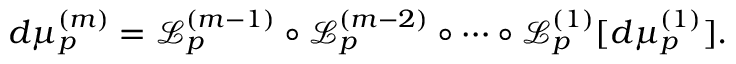
d \mu _ { p } ^ { ( m ) } = \mathcal { L } _ { p } ^ { ( m - 1 ) } \circ \mathcal { L } _ { p } ^ { ( m - 2 ) } \circ \cdots \circ \mathcal { L } _ { p } ^ { ( 1 ) } [ d \mu _ { p } ^ { ( 1 ) } ] .